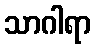
သာဂါရာ